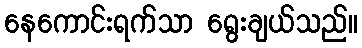
နေကောင်းရက်သာ ရွေးချယ်သည်။